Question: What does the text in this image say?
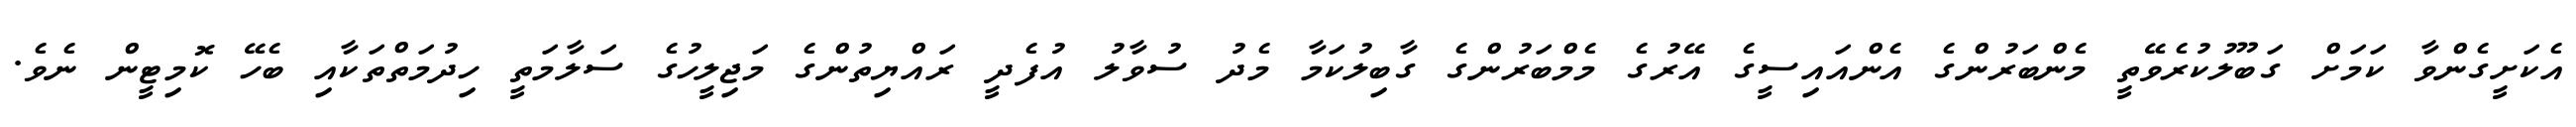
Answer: އެކަށީގެންވާ ކަމަށް ގަބޫލުކުރެވޭތީ މެންބަރުންގެ އެންއައިސީގެ އޭރުގެ މެމްބަރުންގެ ގާބިލުކަމާ މެދު ސުވާލު އުފެދީ ރައްޔިތުންގެ މަޖިލީހުގެ ސަލާމަތީ ހިދުމަތްތަކާއި ބެހޭ ކޮމިޓީން ނެވެ.